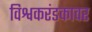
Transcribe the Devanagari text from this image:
विश्वकरंडकावर